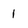
Character: 1